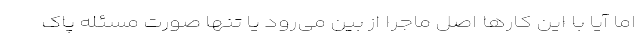
اما آیا با این کارها اصل ماجرا از بین می‌رود یا تنها صورت مسئله پاک